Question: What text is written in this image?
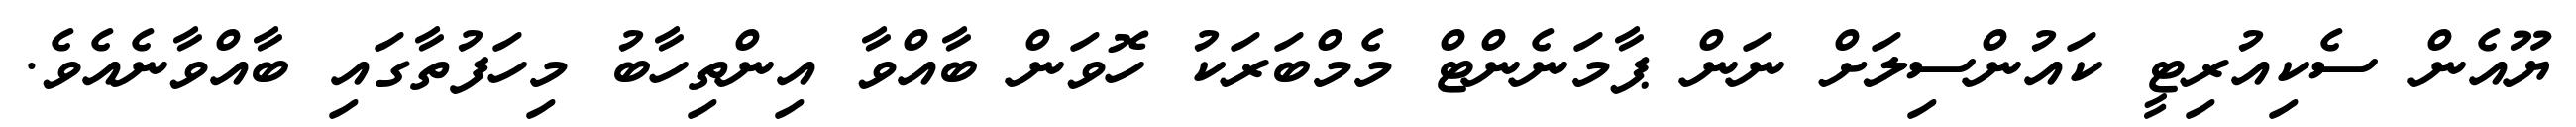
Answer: ޔޫއެން ސެކިއުރިޓީ ކައުންސިލަށް ނަން ޕާމަނެންޓް މެމްބަރަކު ހޮވަން ބާއްވާ އިންތިހާބު މިހަފުތާގައި ބާއްވާނެއެވެ.